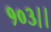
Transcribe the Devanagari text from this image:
१०३।।